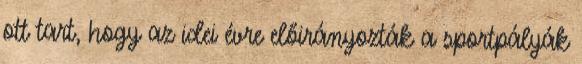
ott tart, hogy az idei évre előirányozták a sportpályák